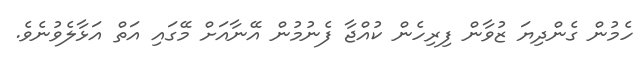
ހެމުން ގެންދިޔަ ޒުވާން ފިރިހެން ކުއްޖާ ފެނުމުން އޭނާއަށް މޭގައި އަތް އަޅާލެވުނެވެ.